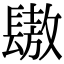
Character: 䦋